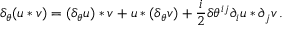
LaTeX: \delta _ { \theta } ( u * v ) = ( \delta _ { \theta } u ) * v + u * ( \delta _ { \theta } v ) + \frac i 2 \delta \theta ^ { i j } \partial _ { i } u * \partial _ { j } v \, .